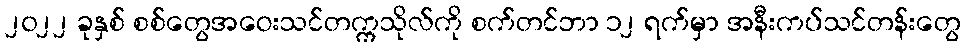
၂၀၂၂ ခုနှစ် စစ်တွေအဝေးသင်တက္ကသိုလ်ကို စက်တင်ဘာ ၁၂ ရက်မှာ အနီးကပ်သင်တန်းတွေ